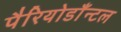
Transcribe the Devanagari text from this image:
पैरियोडाँन्टल